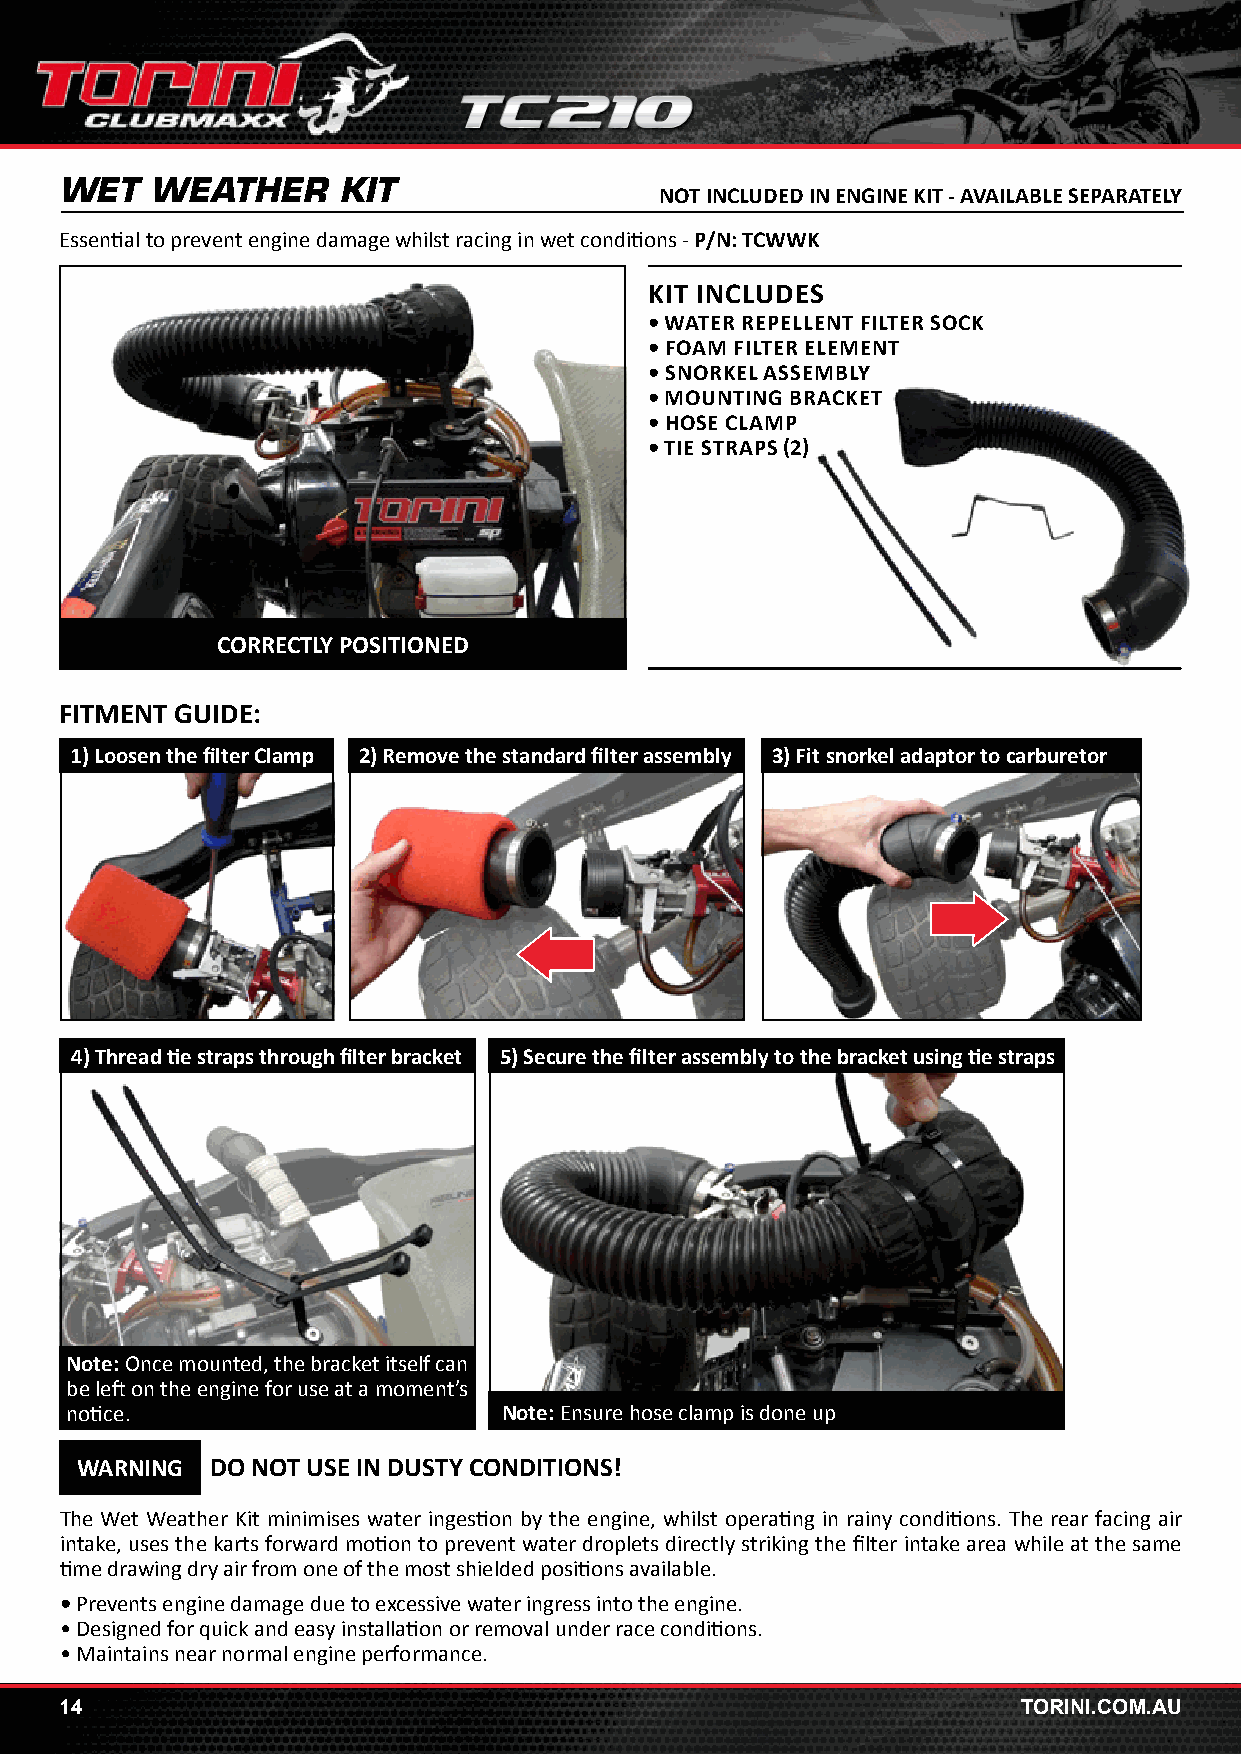
WET   WEATHER     KIT
 NOT INCLUDED IN ENGINE KIT - AVAILABLE SEPARATELY
 Essential to prevent engine damage whilst racing in wet conditions - P/N: TCWWK
 KIT INCLUDES
 • WATER REPELLENT FILTER SOCK
 • FOAM FILTER ELEMENT
 • SNORKEL ASSEMBLY
 • MOUNTING BRACKET
 • HOSE CLAMP
 • TIE STRAPS (2)
 CORRECTLY POSITIONED
 FITMENT GUIDE:
 1) Loosen the filter Clamp 2) Remove the standard filter assembly 3) Fit snorkel adaptor to carburetor
 4) Thread tie straps through filter bracket 5) Secure the filter assembly to the bracket using tie straps
 Note: Once mounted, the bracket itself can
 be left on the engine for use at a moment’s
 notice.                      Note: Ensure hose clamp is done up
 WARNING  DO NOT USE IN DUSTY CONDITIONS!
 The Wet Weather Kit minimises water ingestion by the engine, whilst operating in rainy conditions. The rear facing air
 intake, uses the karts forward motion to prevent water droplets directly striking the filter intake area while at the same
 time drawing dry air from one of the most shielded positions available.
 • Prevents engine damage due to excessive water ingress into the engine.
 • Designed for quick and easy installation or removal under race conditions.
 • Maintains near normal engine performance.
 14                                                              TORINI.COM.AU